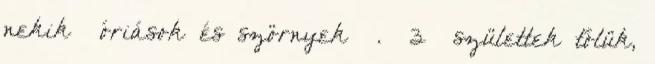
nekik óriások és szörnyek . 3 születtek tőlük,